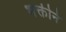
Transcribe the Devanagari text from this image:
भक्तीनं